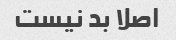
اصلا بد نیست